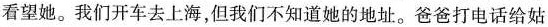
看望她。我们开车去上海，但我们不知道她的地址。爸爸打电话给姑